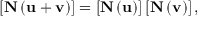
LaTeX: \left[ \mathbf { N } \left( \mathbf { u + v } \right) \right] = \left[ \mathbf { N } \left( \mathbf { u } \right) \right] \left[ \mathbf { N } \left( \mathbf { v } \right) \right] ,